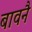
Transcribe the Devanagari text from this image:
बावनै